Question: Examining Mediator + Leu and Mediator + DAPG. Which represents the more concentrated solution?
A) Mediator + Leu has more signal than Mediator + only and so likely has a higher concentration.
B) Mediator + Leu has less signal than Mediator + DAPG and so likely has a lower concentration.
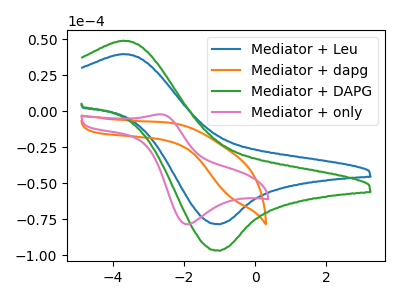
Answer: <think>The blue curve "Mediator + Leu" has an anodic peak at (-3.70V, 39.70uA) and a cathodic peak at (-1.00V, -78.60uA). The orange curve "Mediator + dapg" has no peaks. The green curve "Mediator + DAPG" has an anodic peak at (-3.70V, 49.00uA) and a cathodic peak at (-1.00V, -97.00uA). The pink curve "Mediator + only" has an anodic peak at (-2.65V, -2.20uA) and a cathodic peak at (-1.90V, -78.60uA).
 All the peaks in "Mediator + Leu" have a peak in "Mediator + DAPG" at the same potential. Every peak in "Mediator + Leu" is lower than every peak in "Mediator + DAPG".</think>
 <answer>B) "Mediator + Leu" has less signal than "Mediator + DAPG" and so likely has a lower concentration.</answer>
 <eval>B</eval>